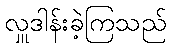
လှူဒါန်းခဲ့ကြသည်